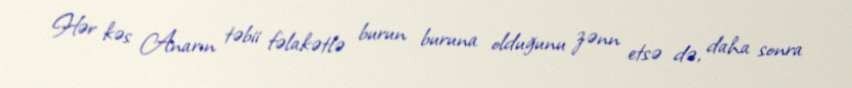
Hər kəs Anarın təbii fəlakətlə burun buruna olduğunu zənn etsə də, daha sonra